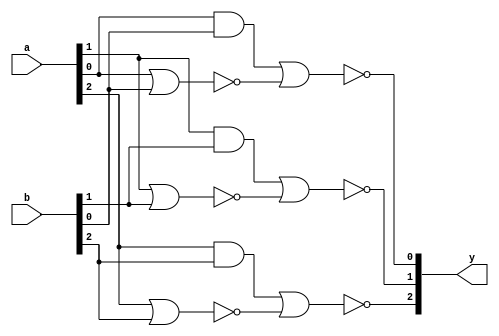
module ex3_2(y,a,b);

	input [2:0] a,b;
	output [2:0] y;
	
	wire [23:0] w;
	
	and and_0(w[0],a[2],b[2]);
	or or_0(w[1],a[2],b[2]);
	nor nor_0(w[21],a[2],b[2]);
	or or_1(w[2],w[0],w[21]);
	and and_1(w[3],w[1],w[21]);
	nor nor_1(w[4],w[2],w[3]);
	nand nand_0(w[5],w[2],w[3]);
	and and_2(w[6],w[4],w[5]);
	
	and and_00(w[7],a[1],b[1]);
	or or_00(w[8],a[1],b[1]);
	nor nor_00(w[22],a[1],b[1]);
	or or_11(w[9],w[7],w[22]);
	and and_11(w[10],w[8],w[22]);
	nor nor_11(w[11],w[9],w[10]);
	nand nand_11(w[12],w[9],w[10]);
	and and_22(w[13],w[11],w[12]);
	
	and and_000(w[14],a[0],b[0]);
	or or_000(w[15],a[0],b[0]);
	nor nor_000(w[23],a[0],b[0]);
	or or_111(w[16],w[14],w[23]);
	and and_111(w[17],w[15],w[23]);
	nor nor_111(w[18],w[16],w[17]);
	nand nand_111(w[19],w[16],w[17]);
	and and_222(w[20],w[18],w[19]);
	
	assign y[2] = w[6];
	assign y[1] = w[13];
	assign y[0] = w[20];
	
endmodule